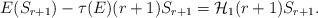
LaTeX: \begin{align*} E(S_{r+1})-\tau(E)(r+1)S_{r+1}=\mathcal{H}_{1}(r+1)S_{r+1}. \end{align*}